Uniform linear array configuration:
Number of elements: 48
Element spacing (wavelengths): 1
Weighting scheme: blackman
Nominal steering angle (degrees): -45
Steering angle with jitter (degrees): -44.845
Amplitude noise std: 0.05
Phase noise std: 0.05

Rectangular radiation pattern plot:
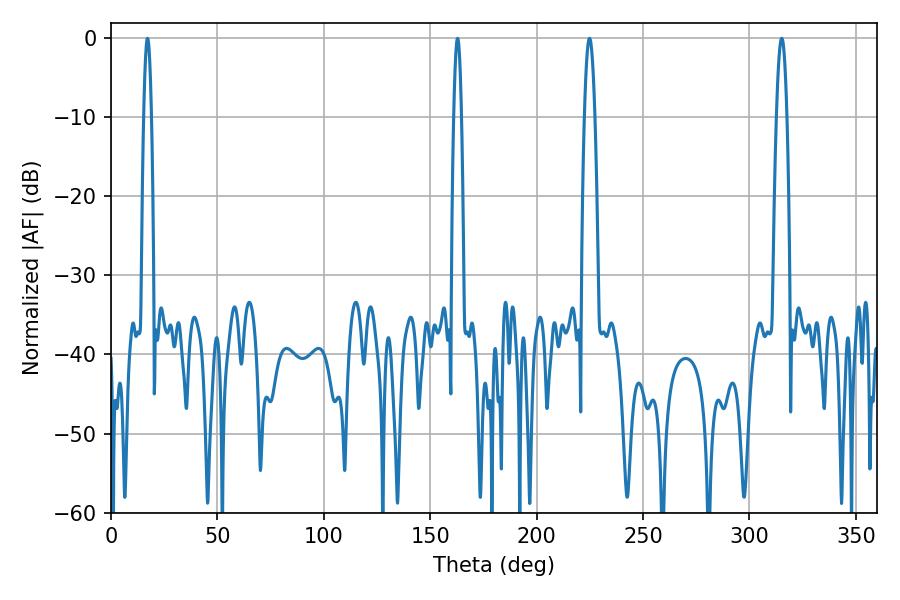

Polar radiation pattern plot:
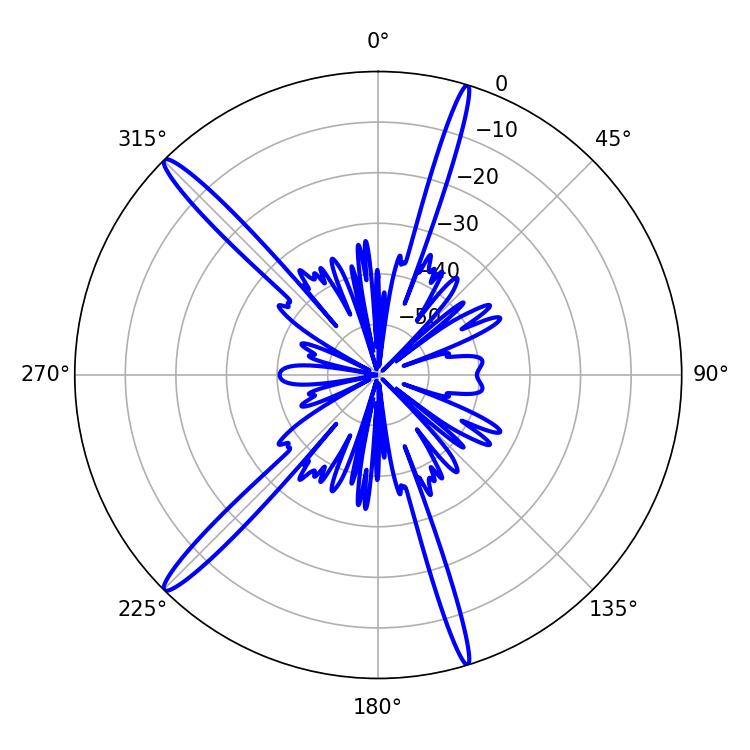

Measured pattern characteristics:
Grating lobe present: TRUE
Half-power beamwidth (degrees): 2.7
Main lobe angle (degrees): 224.82